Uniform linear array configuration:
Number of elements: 12
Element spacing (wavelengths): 0.25
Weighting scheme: blackman
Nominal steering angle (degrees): -60
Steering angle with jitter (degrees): -60.051
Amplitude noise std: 0.05
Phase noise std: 0.05

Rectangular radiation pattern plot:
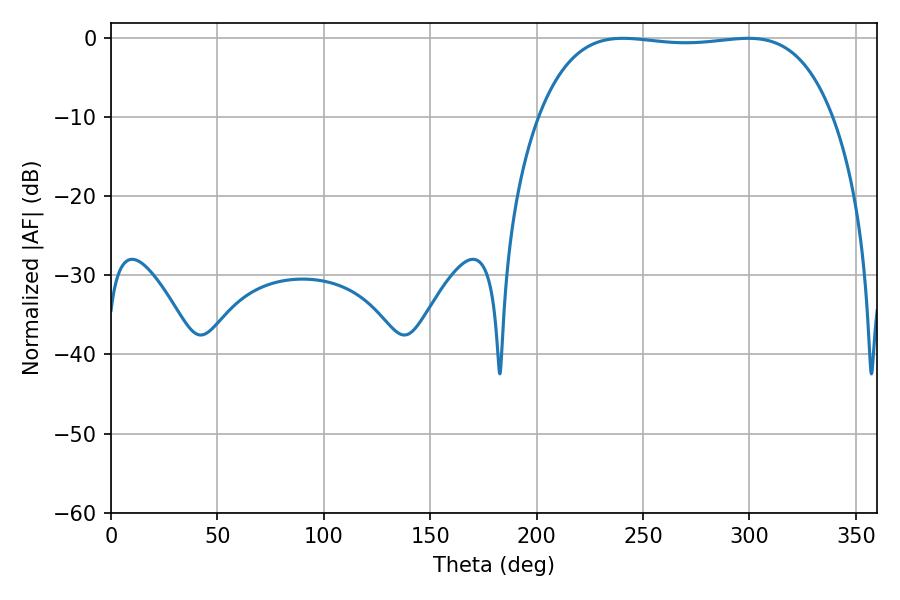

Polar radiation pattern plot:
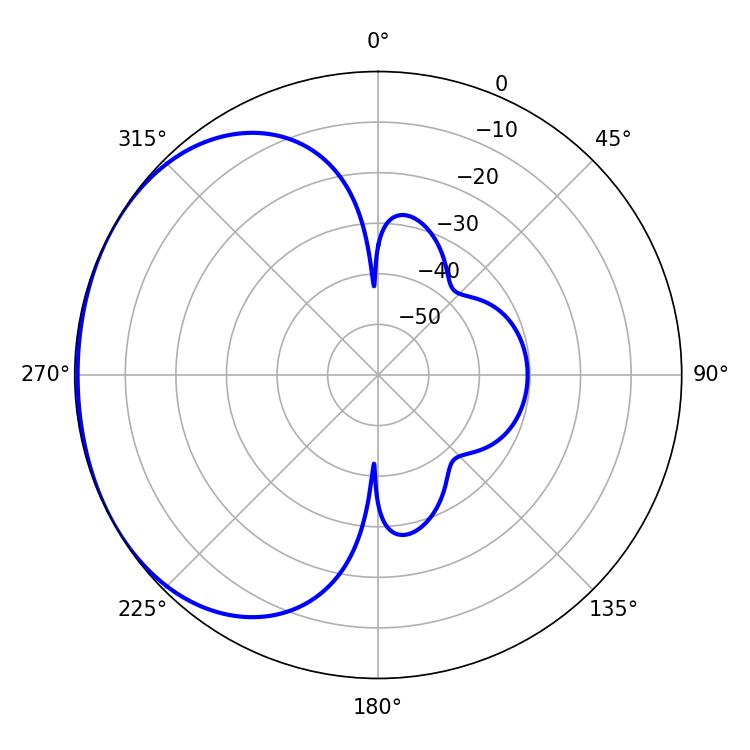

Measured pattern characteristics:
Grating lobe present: FALSE
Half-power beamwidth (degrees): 109.44
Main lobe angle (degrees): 240.66